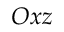
O x z